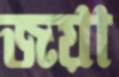
জয়া